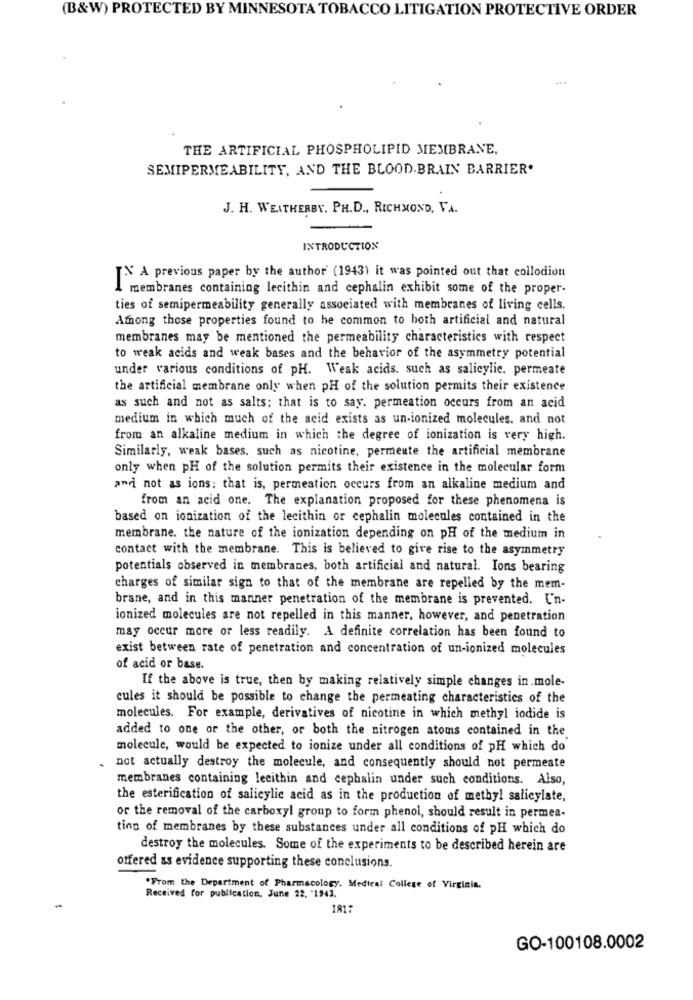
(B&W) PROTECTED BY MINNESOTA TOBACCO LITIGATION PROTECTIVE ORDER
THE ARTIFICIAL PHOSPHOLIPID MEMBRANE,
SEMIPERMEABILITY, AND THE BLOOD.BRAIN BARRIER'
J. H. WEATHERBY. PH.D ., RICHMOND, VA.
INTRODUCTION
TX A previous paper by the author (1943) it was pointed out that collodion
membranes containing lecithin and cephalin exhibit some of the proper.
ties of semipermeability generally associated with membranes of living cells.
Among those properties found to he common to both artificial and natural
membranes may be mentioned the permeability characteristics with respect
to weak acids and weak bases and the behavior of the asymmetry potential
under various conditions of pH. Weak acids, such as salicylic. permeate
the artificial membrane only when pH of the solution permits their existence
as such and not as salts: that is to say. permeation occurs from an acid
medium in which much of the acid exists as un-ionized molecules, and not
from an alkaline medium in which the degree of ionization is very high.
Similarly, weak bases, such as nicotine, permeate the artificial membrane
only when pH of the solution permits their existence in the molecular form
and not as ions: that is, permeation occurs from an alkaline medium and
from an acid one. The explanation proposed for these phenomena is
based on ionization of the lecithin or cephalin molecules contained in the
membrane. the nature of the ionization depending on pH of the medium in
contact with the membrane. This is believed to give rise to the asymmetry
potentials observed in membranes, both artificial and natural. Ions bearing
charges of similar sign to that of the membrane are repelled by the mem-
brane, and in this manner penetration of the membrane is prevented. Un-
ionized molecules are not repelled in this manner, however, and penetration
may occur more or less readily. A definite correlation has been found to
exist between rate of penetration and concentration of un-ionized molecules
of acid or base.
If the above is true, then by making relatively simple changes in mole-
cules it should be possible to change the permeating characteristics of the
molecules. For example, derivatives of nicotine in which methyl iodide is
added to one or the other, or both the nitrogen atoms contained in the
molecule, would be expected to ionize under all conditions of pH which do
not actually destroy the molecule, and consequently should not permeate
membranes containing lecithin and cephalin under such conditions. Also,
the esterification of salicylic acid as in the production of methyl salicylate,
or the removal of the carboxyl group to form phenol, should result in permea-
tion of membranes by these substances under all conditions of pH which do
destroy the molecules. Some of the experiments to be described herein are
offered as evidence supporting these conclusions.
*From the Department of Pharmacology. Medical College of Virginia.
Received for publication, June 22, "1943.
181
GO-100108.0002